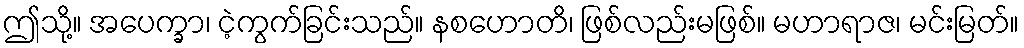
ဤသို့။ အပေက္ခာ၊ ငဲ့ကွက်ခြင်းသည်။ နစဟောတိ၊ ဖြစ်လည်းမဖြစ်။ မဟာရာဇ၊ မင်းမြတ်။